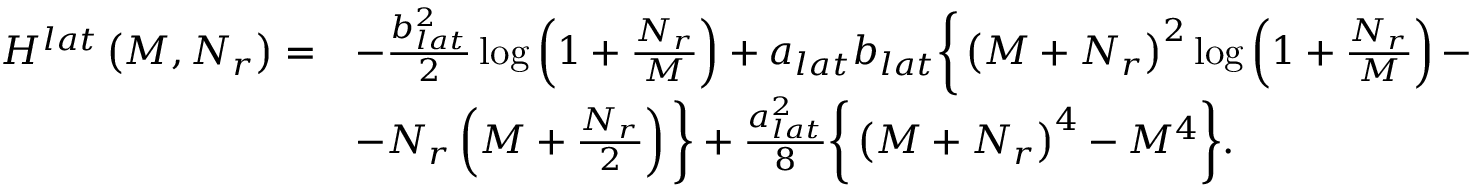
\begin{array} { r l } { H ^ { l a t } \left( M , N _ { r } \right) = } & { - \frac { b _ { l a t } ^ { 2 } } { 2 } \log \left( 1 + \frac { N _ { r } } { M } \right) + a _ { l a t } b _ { l a t } \bigg \{ \left( M + N _ { r } \right) ^ { 2 } \log \left( 1 + \frac { N _ { r } } { M } \right) - } \\ & { - N _ { r } \left( M + \frac { N _ { r } } { 2 } \right) \bigg \} + \frac { a _ { l a t } ^ { 2 } } { 8 } \bigg \{ \left( M + N _ { r } \right) ^ { 4 } - M ^ { 4 } \bigg \} . } \end{array}